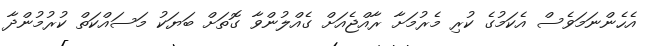
އެހެންނަމަވެސް އެކަމުގެ ކުރި މެރުމަށާ ރާއްޖެއަށް ގެއްލުންވާ ގޮތަށް ބަޔަކު މަސައްކަތް ކުރުމުންދާ